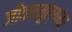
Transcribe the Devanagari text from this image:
जीवनमूल्यांवर